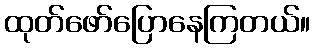
ထုတ်ဖော်ပြောနေကြတယ်။